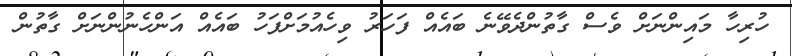
ހުރިހާ މައިންނަށް ވެސް ގާތުންދެވޭނެ ބައެއް ފަހަރު ވިހެއުމަށްފަހު ބައެއް އަންހެނުންނަށް ގާތުން